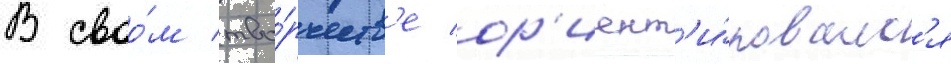
В своо́м тво́рчеств'е ор'иент'и́ровалс'я